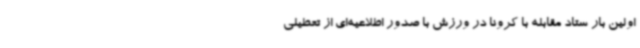
اولین بار ستاد مقابله با کرونا در ورزش با صدور اطلاعیه‌ای از تعطیلی